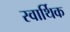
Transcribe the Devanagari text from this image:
स्वार्थिक